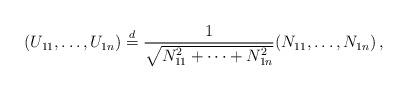
LaTeX: \begin{align*} (U_{11},\ldots,U_{1n}) \overset{d}{=} \frac{1}{\sqrt{N_{11}^2+\cdots+N_{1n}^2}} (N_{11},\ldots,N_{1n})\,, \end{align*}